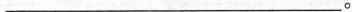
___。